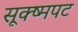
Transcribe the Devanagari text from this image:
सूक्ष्मपट